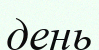
день